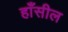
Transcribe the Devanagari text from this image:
हाँसील